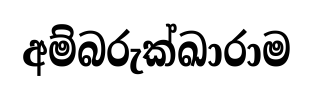
අම්බරුක්ඛාරාම